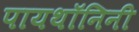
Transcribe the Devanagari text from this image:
पायथॉनिनी